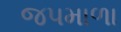
જપમાળા